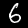
Digit: 6